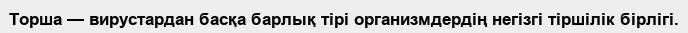
Торша — вирустардан басқа барлық тірі организмдердің негізгі тіршілік бірлігі.